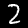
Label: 2